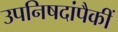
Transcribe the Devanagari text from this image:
उपनिषदांपैकीं